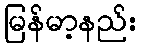
မြန်မာ့နည်း